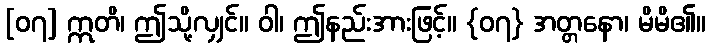
[၀၇] ဣတိ၊ ဤသို့လျှင်။ ဝါ၊ ဤနည်းအားဖြင့်။ {၀၇} အတ္တနော၊ မိမိ၏။